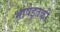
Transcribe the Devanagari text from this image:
भाषेइतकी